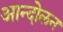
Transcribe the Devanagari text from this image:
आन्दोेलन